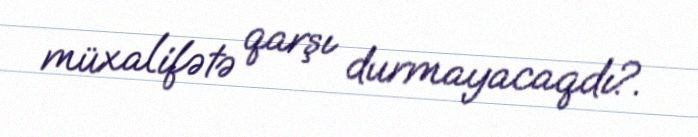
müxalifətə qarşı durmayacaqdı?.